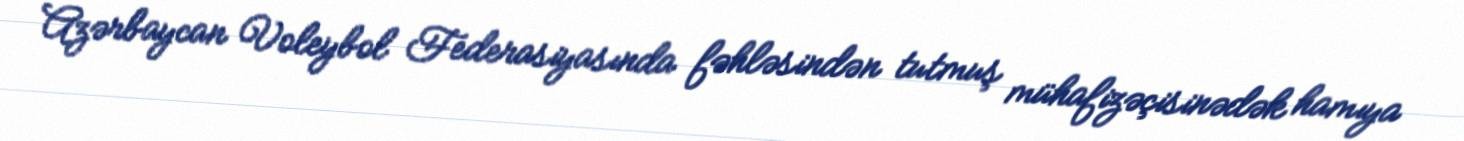
Azərbaycan Voleybol Federasiyasında fəhləsindən tutmuş mühafizəçisinədək hamıya